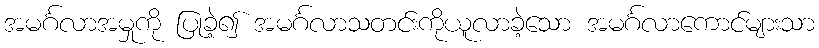
အမင်္ဂလာအမှုကို ပြုခဲ့၍ အမင်္ဂလာသတင်းကိုယူလာခဲ့သော အမင်္ဂလာကောင်များသာ